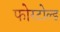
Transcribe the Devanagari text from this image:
फोरटोल्‍ड